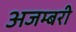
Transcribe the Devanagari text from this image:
अजम्बरी